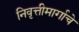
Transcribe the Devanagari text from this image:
निवृत्तीमार्गाचे